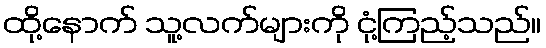
ထို့နောက် သူ့လက်များကို ငုံ့ကြည့်သည်။